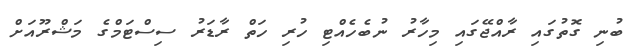
ބުނި ގޮތުގައި ރާއްޖޭގައި މިހާރު ނުބެހެއްޓި ހުރި ހަތް ރާޑަރު ސިސްޓަމްގެ މަޝްރޫއަށް